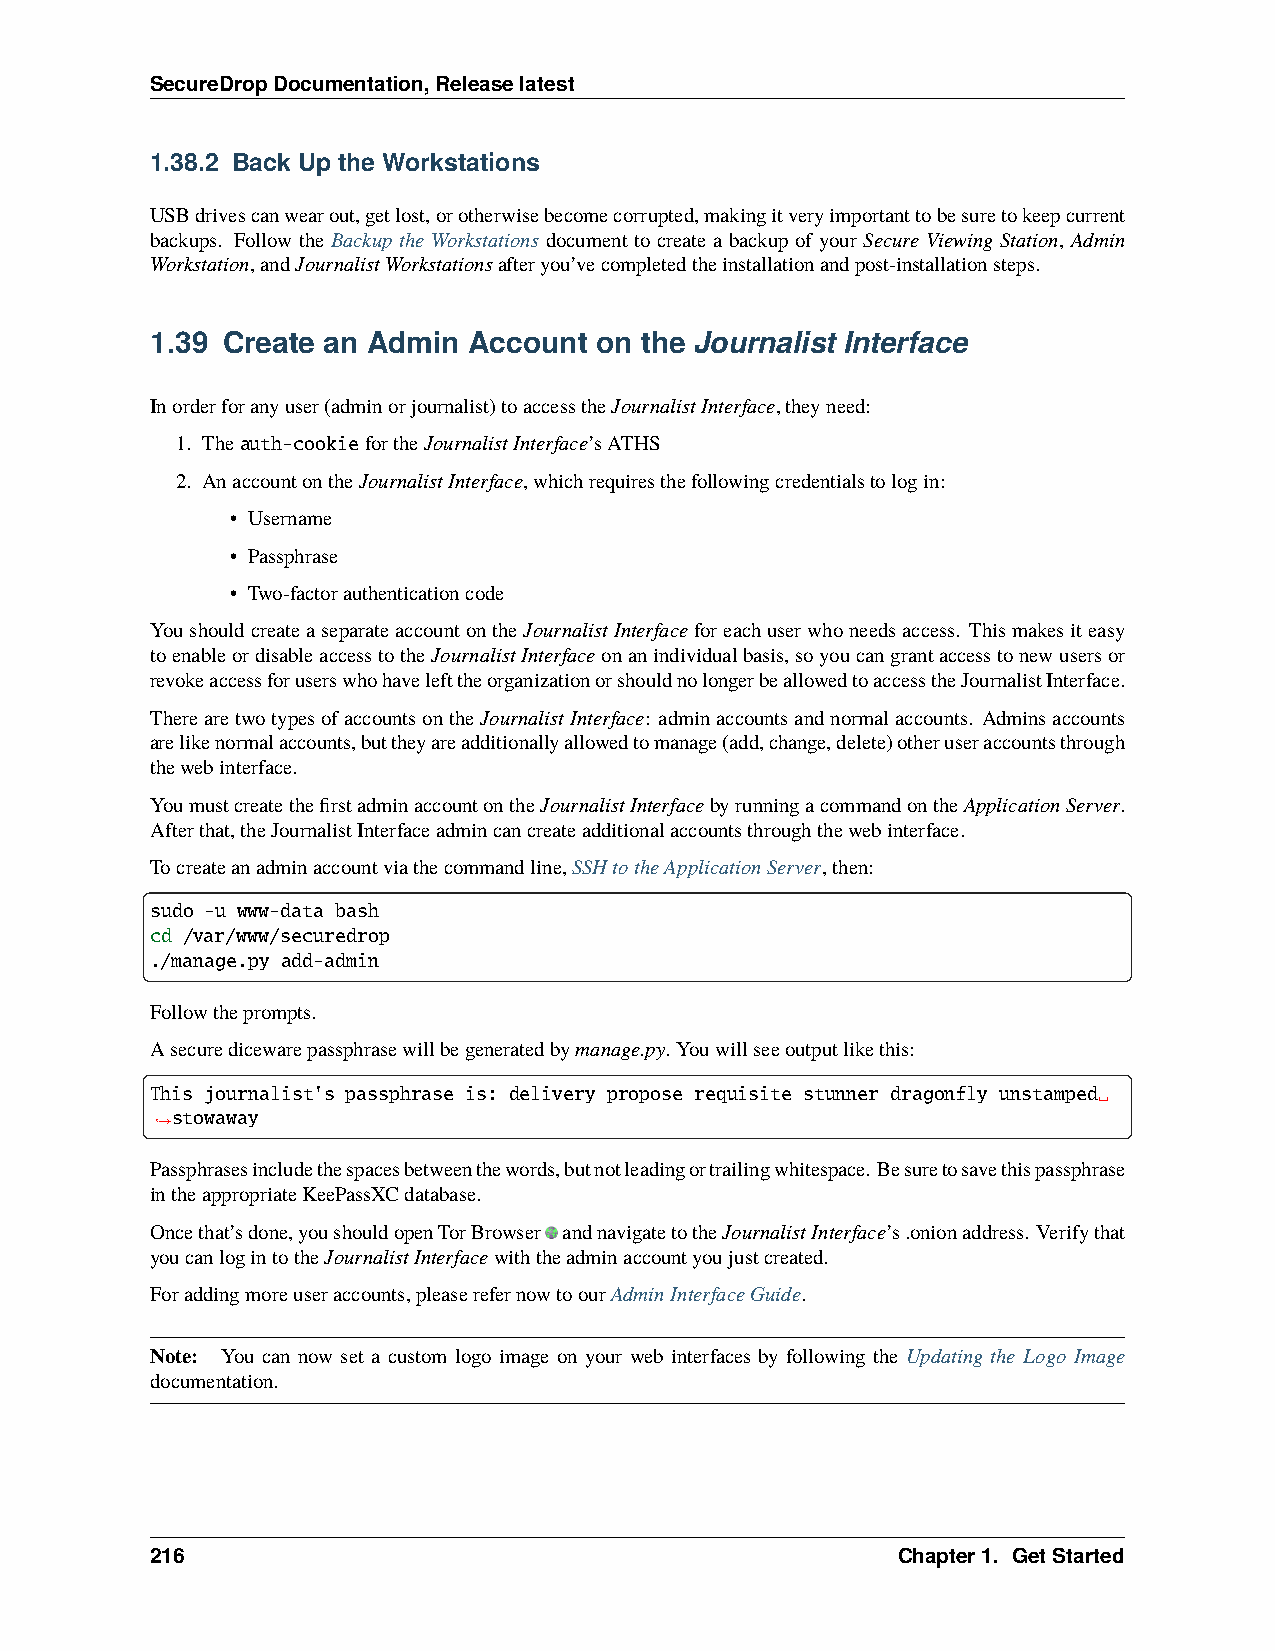
SecureDropDocumentation,Releaselatest
 1.38.2 Back Up the Workstations
 USBdrivescanwearout,getlost,orotherwisebecomecorrupted,makingitveryimportanttobesuretokeepcurrent
 backups. Follow the Backup the Workstations document to create a backup of your Secure Viewing Station, Admin
 Workstation,andJournalistWorkstationsafteryou’vecompletedtheinstallationandpost-installationsteps.
 1.39 Create an Admin Account on the Journalist Interface
 Inorderforanyuser(adminorjournalist)toaccesstheJournalistInterface,theyneed:
 1. Theauth-cookiefortheJournalistInterface’sATHS
 2. AnaccountontheJournalistInterface,whichrequiresthefollowingcredentialstologin:
 • Username
 • Passphrase
 • Two-factorauthenticationcode
 YoushouldcreateaseparateaccountontheJournalistInterfaceforeachuserwhoneedsaccess. Thismakesiteasy
 toenableordisableaccesstotheJournalistInterfaceonanindividualbasis,soyoucangrantaccesstonewusersor
 revokeaccessforuserswhohavelefttheorganizationorshouldnolongerbeallowedtoaccesstheJournalistInterface.
 TherearetwotypesofaccountsontheJournalistInterface: adminaccountsandnormalaccounts. Adminsaccounts
 arelikenormalaccounts,buttheyareadditionallyallowedtomanage(add,change,delete)otheruseraccountsthrough
 thewebinterface.
 YoumustcreatethefirstadminaccountontheJournalistInterfacebyrunningacommandontheApplicationServer.
 Afterthat,theJournalistInterfaceadmincancreateadditionalaccountsthroughthewebinterface.
 Tocreateanadminaccountviathecommandline,SSHtotheApplicationServer,then:
 sudo -u www-data bash
 cd /var/www/securedrop
 ./manage.py add-admin
 Followtheprompts.
 Asecuredicewarepassphrasewillbegeneratedbymanage.py. Youwillseeoutputlikethis:
 This journalist's passphrase is: delivery propose requisite stunner dragonfly unstamped␣
 stowaway
 ˓→
 Passphrasesincludethespacesbetweenthewords,butnotleadingortrailingwhitespace. Besuretosavethispassphrase
 intheappropriateKeePassXCdatabase.
 Oncethat’sdone,youshouldopenTorBrowser andnavigatetotheJournalistInterface’s.onionaddress. Verifythat
 youcanlogintotheJournalistInterfacewiththeadminaccountyoujustcreated.
 Foraddingmoreuseraccounts,pleaserefernowtoourAdminInterfaceGuide.
 Note: You can now set a custom logo image on your web interfaces by following the Updating the Logo Image
 documentation.
 216                                              Chapter1. GetStarted